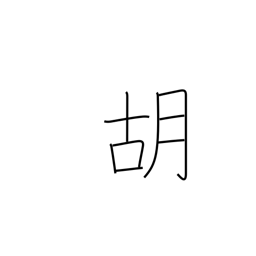
Meaning: foreign